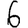
Digit: 6